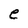
Character: e